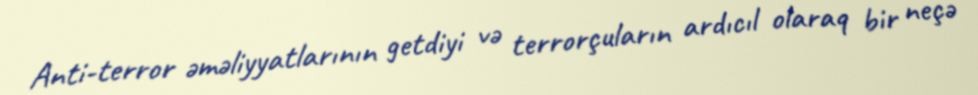
Anti-terror əməliyyatlarının getdiyi və terrorçuların ardıcıl olaraq bir neçə